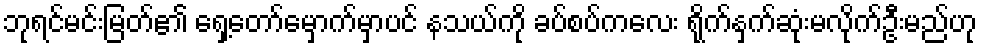
ဘုရင်မင်းမြတ်၏ ရှေ့တော်မှောက်မှာပင် နသယ်ကို ခပ်စပ်ကလေး ရိုက်နှက်ဆုံးမလိုက်ဦးမည်ဟု